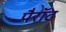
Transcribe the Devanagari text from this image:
पैरॉट